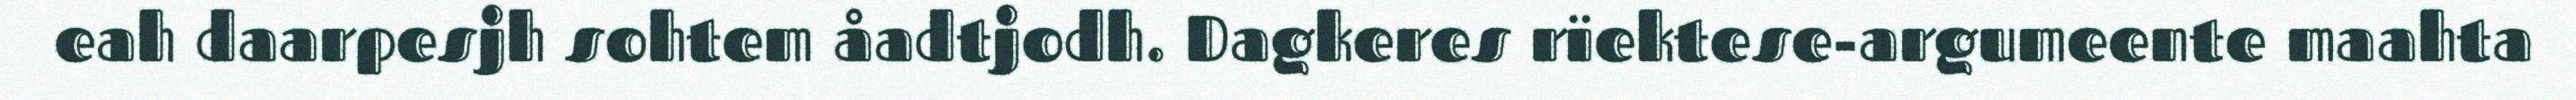
eah daarpesjh sohtem åadtjodh. Dagkeres rïektese-argumeente maahta